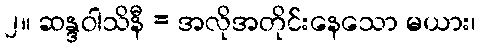
၂။ ဆန္ဒဝါသိနီ = အလိုအတိုင်းနေသော မယား၊